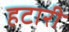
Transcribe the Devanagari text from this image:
हटारी